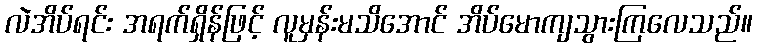
လဲအိပ်ရင်း အရက်ရှိန်ဖြင့် လူမှန်းမသိအောင် အိပ်မောကျသွားကြလေသည်။